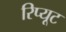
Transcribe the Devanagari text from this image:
रिप्यूट